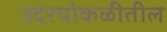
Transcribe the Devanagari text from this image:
उदरपोकळीतील